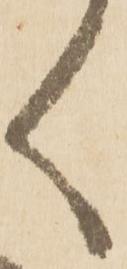
く